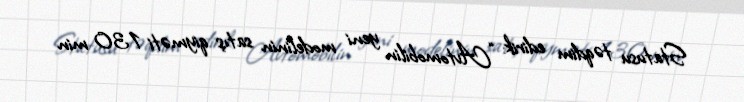
Statusu təqdim edirik: “Avtomobilin yeni modelinin satış qiyməti 130 min